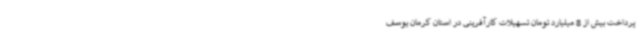
پرداخت بیش از 8 میلیارد تومان تسهیلات کارآفرینی در استان کرمان یوسف